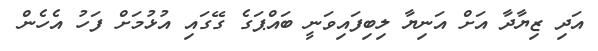
އަދި ޒިޔާދާ އަށް އަނިޔާ ލިބިފައިވަނީ ބައްޕަގެ ގޭގައި އުޅުމަށް ފަހު އެހެން